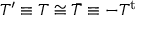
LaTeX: T ^ { \prime } \equiv \o T \cong \bar { T } \equiv - T ^ { \mathrm { t } }